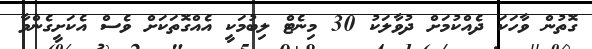
ގޮތުން ވާހަކަ ދެއްކުމަށް ދުވާލަކު 30 މިނެޓް ލިބުމަކީ އެއްގޮތަކަށް ވެސް އެކަށީގެންވާ